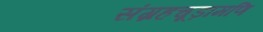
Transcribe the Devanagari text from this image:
संग्रहचूड़ामणि